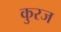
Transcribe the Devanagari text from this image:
कुरज